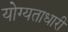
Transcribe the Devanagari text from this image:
योग्यताधारी